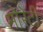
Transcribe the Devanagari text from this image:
मोरेटी